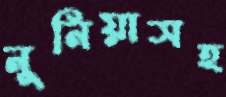
নুনিয়াসহ